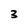
Character: 3